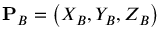
\mathbf { P } _ { B } = \left( X _ { B } , Y _ { B } , Z _ { B } \right)